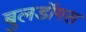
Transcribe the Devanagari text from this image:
बुलडॉगस